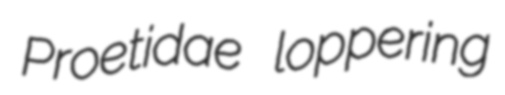
Proetidae loppering